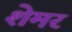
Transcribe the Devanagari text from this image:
शेमर